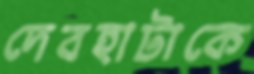
দেবহাটাকে